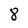
Character: 8